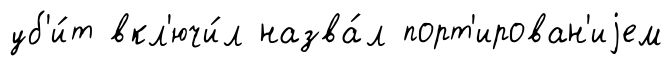
уб'и́т вкл'ючи́л назва́л порт'ирован'иjем